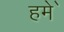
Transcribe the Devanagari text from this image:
हमे॑